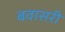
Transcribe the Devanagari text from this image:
बवासरी